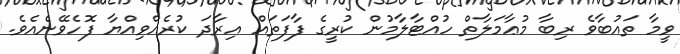
ވީމާ ތައުބާވެ ރިބާ މުޢާމަލާތް ހުއްޓާލާމުން ކުރީގެ ފާފަތައް އިރާދަ ކުރެއްވިއްޔާ ފޮހެވޭނެއެވެ.